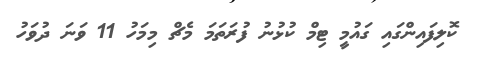
ކޮލިފައިންގައި ގައުމީ ޓިމް ކުޅުނު ފުރަތަމަ މެޗް މިމަހު 11 ވަނަ ދުވަހު